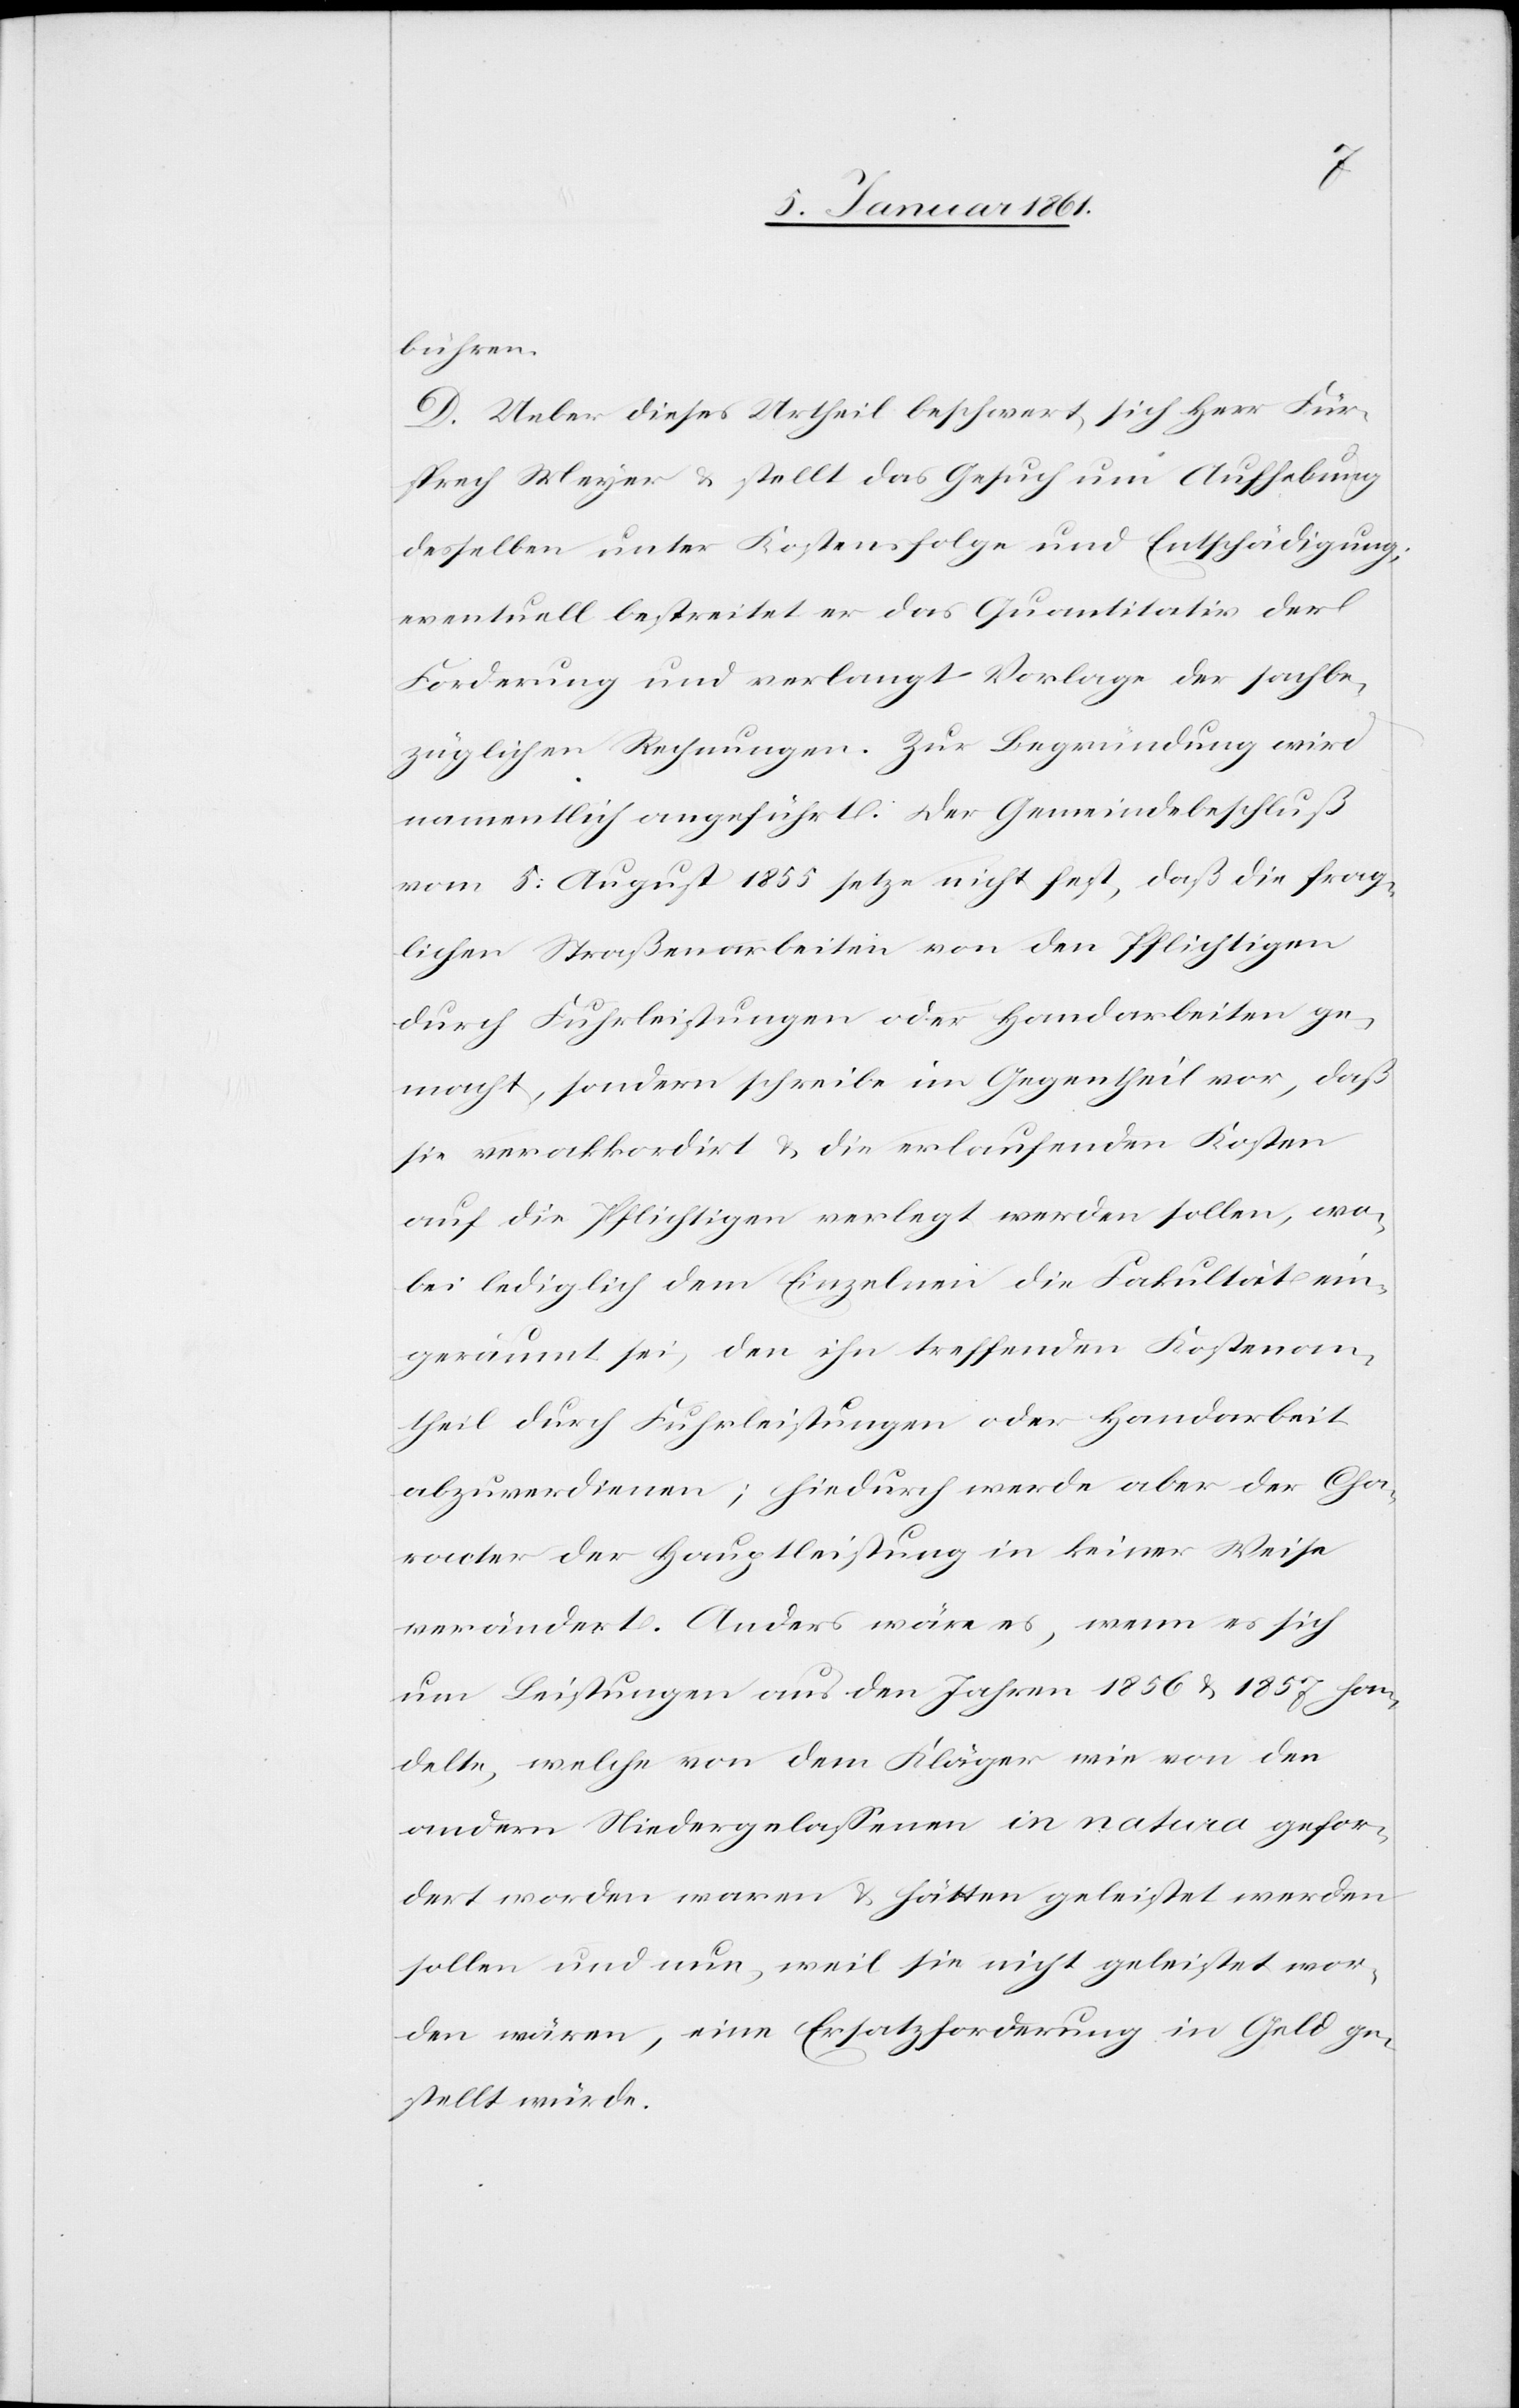
bühren.
D. Ueber dieses Urtheil beschwert sich Herr Für¬
sprech Meyer u. stellt das Gesuch um Aufhebung
desselben unter Kostenfolge und Entschädigung;
eventuell bestreitet er das Quantitativ der
Forderung und verlangt Vorlage der sachbe¬
züglichen Rechnungen. Zur Begründung wird
namentlich angeführt: Der Gemeindebeschluß
vom 5. August 1855 setze nicht fest, daß die frag¬
lichen Straßenarbeiten von den Pflichtigen
durch Fuhrleistungen oder Handarbeiten ge¬
macht, sondern schreibe im Gegentheil vor, daß
sie verakkordirt u. die erlaufenden Kosten
auf die Pflichtigen verlegt werden sollen, wo¬
bei lediglich dem Einzelnen die Fakultät ein¬
geräumt sei, den ihn treffenden Kostenan¬
theil durch Fuhrleistungen oder Handarbeit
abzuverdienen; hiedurch werde aber der Cha¬
racter der Hauptleistung in keiner Weise
verändert. Anders wäre es, wenn es sich
um Leistungen aus den Jahren 1856 u. 1857 han¬
delte, welche von dem Kläger wie von den
andern Niedergelassenen in natura gefor¬
dert worden waren & hätten geleistet werden
sollen und nun, weil sie nicht geleistet wor¬
den wären, eine Ersatzforderung in Geld ge¬
stellt würde.